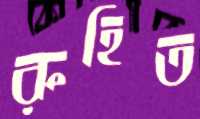
রুহিত